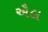
ઐલ